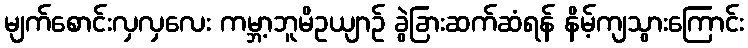
မျက်စောင်းလှလှလေး ကမ္ဘာ့ဘူမိဥယျာဉ် ခွဲခြားဆက်ဆံရန် နိမ့်ကျသွားကြောင်း